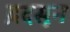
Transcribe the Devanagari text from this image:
द्रदसून